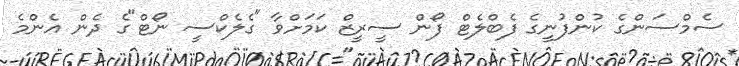
ސެމްސަންގެ ކުންފުނީގެ ފެބްލެޓް ފޯން ސީރީޒް ކަމަށްވާ "ގެލެކްސީ ނޯޓް"ގެ ދެން އެންމެ